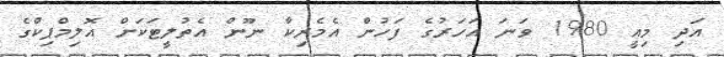
އަދި މިއީ 1980 ވަނަ އަހަރުގެ ފަހުން އެމެރިކާ ނޫން އެތުލީޓަކަށް އޮލިމްޕިކްގެ